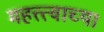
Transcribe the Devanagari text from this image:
महत्त्त्वाच्या